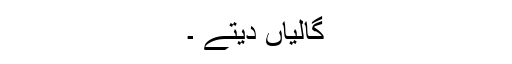
گالیاں دیتے ۔